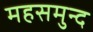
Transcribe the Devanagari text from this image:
महसमुन्द